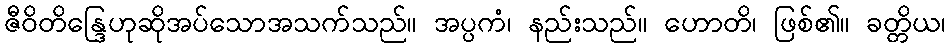
ဇီဝိတိန္ဒြေဟုဆိုအပ်သောအသက်သည်။ အပ္ပကံ၊ နည်းသည်။ ဟောတိ၊ ဖြစ်၏။ ခတ္တိယ၊